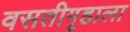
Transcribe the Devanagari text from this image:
वसतीगृहाला